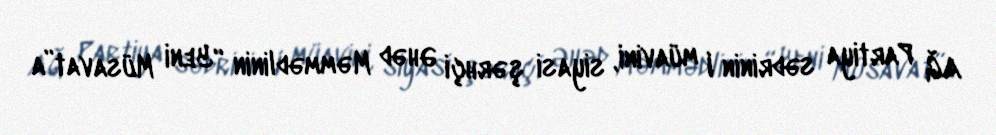
AĞ Partiya sədrinin I müavini, siyasi şərhçi Əhəd Məmmədlinin “Yeni Müsavat”a